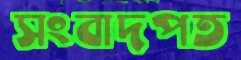
সংবাদপত